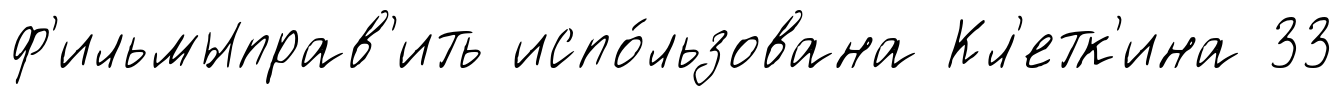
ф'ильмыправ'ить испо́льзована Кл'етк'ина 33